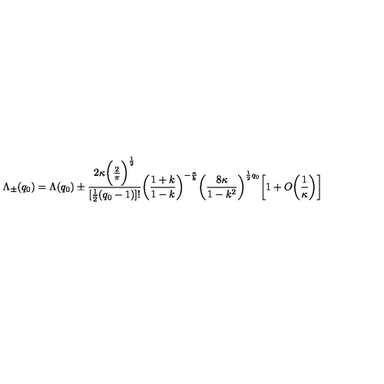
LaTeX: \Lambda _ { \pm } ( q _ { 0 } ) = \Lambda ( q _ { 0 } ) \pm \frac { 2 \kappa \bigg ( \frac { 2 } { \pi } \bigg ) ^ { \frac { 1 } { 2 } } } { [ \frac { 1 } { 2 } ( q _ { 0 } - 1 ) ] ! } \bigg ( \frac { 1 + k } { 1 - k } \bigg ) ^ { - \frac { \kappa } { k } } \bigg ( \frac { 8 \kappa } { 1 - k ^ { 2 } } \bigg ) ^ { \frac { 1 } { 2 } q _ { 0 } } \bigg [ 1 + O \bigg ( \frac { 1 } { \kappa } \bigg ) \bigg ]